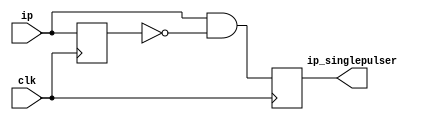
module singlepulser(clk, ip, ip_singlepulser);
    input clk;
    input ip;
    output ip_singlepulser;

    reg ip_debounced_delay;
    reg ip_singlepulser;

    always @(posedge clk) begin
        ip_singlepulser <= ip & (!ip_debounced_delay);
        ip_debounced_delay <= ip;
    end

endmodule